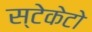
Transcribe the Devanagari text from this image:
स्टेकेटो